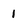
Character: 1